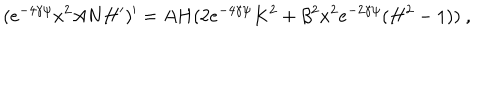
( e ^ { - 4 \gamma \psi } x ^ { 2 } A N H ^ { \prime } ) ^ { \prime } = A H ( 2 e ^ { - 4 \gamma \psi } K ^ { 2 } + \beta ^ { 2 } x ^ { 2 } e ^ { - 2 \gamma \psi } ( H ^ { 2 } - 1 ) ) \ ,